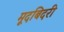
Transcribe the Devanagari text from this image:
मूदबिदरी